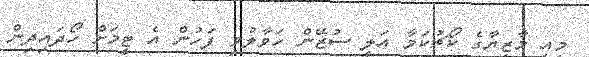
މިއީ މާޒިޔާގެ ކޯޗުކަމާ އަލީ ސުޒޭން ހަވާލުވި ފަހުން އެ ޓީމަށް ހޯދައިދިން